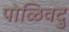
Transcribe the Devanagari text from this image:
पोळिवदु